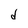
Character: d